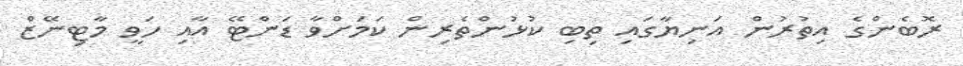
ރޮބެންގެ އިތުރުން އަނިޔާގައި ތިބި ކުޅުންތެރިން ކަމަށްވާ ޑަންޓޭ އާއި ހަވީ މާޓިނޭޒް